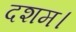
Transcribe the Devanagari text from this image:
दशम।